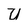
Character: U